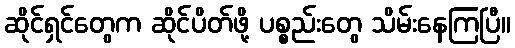
ဆိုင်ရှင်တွေက ဆိုင်ပိတ်ဖို့ ပစ္စည်းတွေ သိမ်းနေကြပြီ။